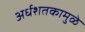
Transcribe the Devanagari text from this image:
अर्धशतकामुळे